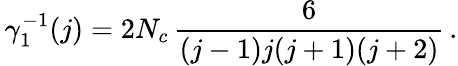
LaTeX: \, \gamma_{1}^{-1}(j)=2N_{c}\, \frac 6{(j-1)j(j+1)(j+2)}\, .